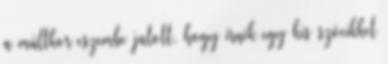
a múltkor eszembe jutott, hogy írnék egy kis szócikket